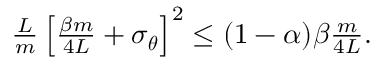
\begin{array} { r } { \frac { L } { m } \left[ \frac { \beta m } { 4 L } + \sigma _ { { \boldsymbol { \theta } } } \right] ^ { 2 } \leq ( 1 - \alpha ) \beta \frac { m } { 4 L } . } \end{array}